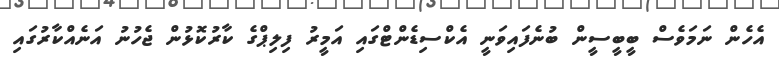
އެހެން ނަމަވެސް ބީބީސީން ބުނެފައިވަނީ އެކްސިޑެންޓްގައި އަމީރު ފިލިޕްގެ ކާރުކޮޅުން ޖެހުނު އަނެއްކާރުގައި